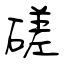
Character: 磋